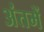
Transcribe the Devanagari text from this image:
अंतमें